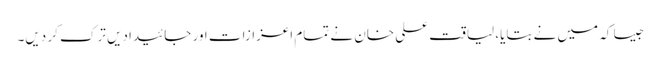
جیسا کہ میں نے بتایا، لیاقت علی خان نے تمام اعزازات اور جائیدادیں ترک کر دیں۔